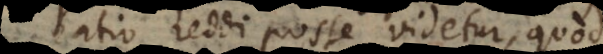
ratio reddi posse videtur, quod